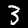
Label: 3